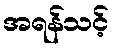
အရန်သင့်